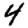
Digit: 4